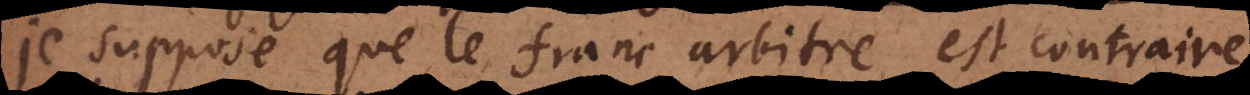
je suppose que le franc arbitre est contraire